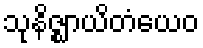
သုနိဇ္ဈာယိတံယေဝ